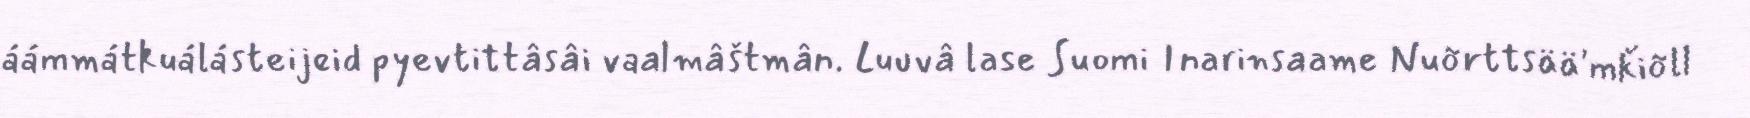
áámmátkuálásteijeid pyevtittâsâi vaalmâštmân. Luuvâ lase Suomi Inarinsaame Nuõrttsää'mǩiõll